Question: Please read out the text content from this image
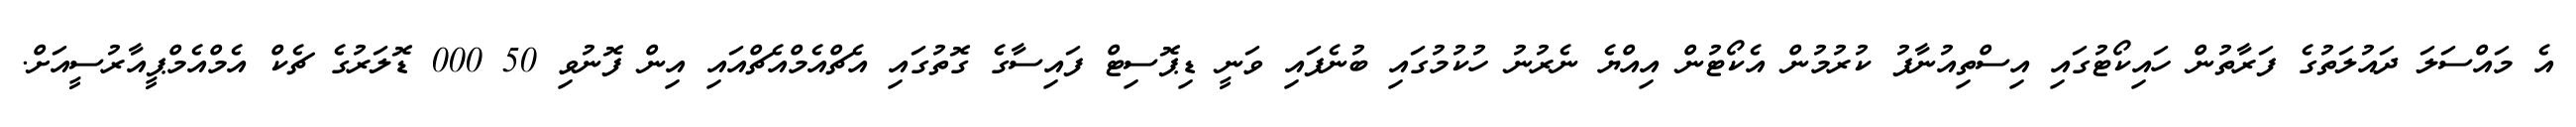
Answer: އެ މައްސަލަ ދައުލަތުގެ ފަރާތުން ހައިކޯޓުގައި އިސްތިއުނާފު ކުރުމުން އެކޯޓުން އިއްޔެ ނެރުނު ހުކުމުގައި ބުނެފައި ވަނީ ޑިޕޮސިޓް ފައިސާގެ ގޮތުގައި އެޗްއެމްއެޗްއައި އިން ފޮނުވި 50 000 ޑޮލަރުގެ ޗެކް އެމްއެމްޕީއާރުސީއަށް.